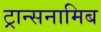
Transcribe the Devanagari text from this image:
ट्रान्सनामिब